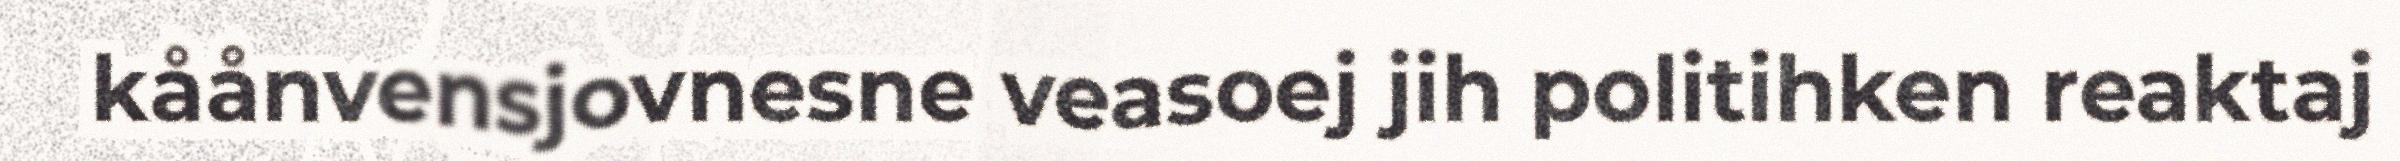
kåånvensjovnesne veasoej jih politihken reaktaj